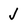
Character: J